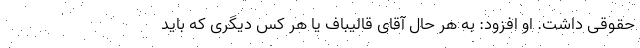
حقوقی داشت. او افزود: به هر حال آقای قالیباف یا هر کس دیگری که باید